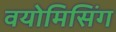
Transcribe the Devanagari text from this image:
वयोमिसिंग